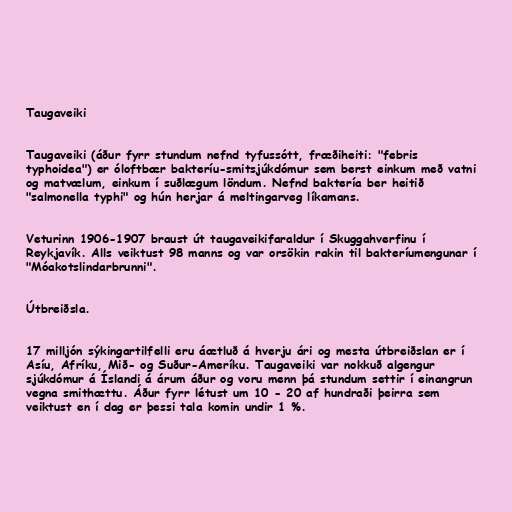
Taugaveiki

Taugaveiki (áður fyrr stundum nefnd tyfussótt, fræðiheiti: "febris
typhoidea") er óloftbær bakteríu-smitsjúkdómur sem berst einkum með vatni
og matvælum, einkum í suðlægum löndum. Nefnd baktería ber heitið
"salmonella typhi" og hún herjar á meltingarveg líkamans.

Veturinn 1906-1907 braust út taugaveikifaraldur í Skuggahverfinu í
Reykjavík. Alls veiktust 98 manns og var orsökin rakin til bakteríumengunar í
"Móakotslindarbrunni".

Útbreiðsla.

17 milljón sýkingartilfelli eru áætluð á hverju ári og mesta útbreiðslan er í
Asíu, Afríku, Mið- og Suður-Ameríku. Taugaveiki var nokkuð algengur
sjúkdómur á Íslandi á árum áður og voru menn þá stundum settir í einangrun
vegna smithættu. Áður fyrr létust um 10 - 20 af hundraði þeirra sem
veiktust en í dag er þessi tala komin undir 1 %.